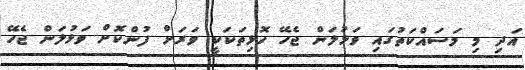
އަދި މި މަސައްކަތުގައި ވަޅުލަން ޖެހޭ ހޮޅިތަކަކީ ވަރަށް ފުންކޮށް ވަޅުލަން ޖެހޭ